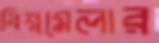
বিশ্বমেলার